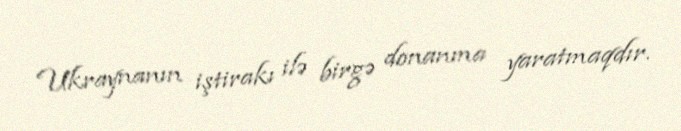
Ukraynanın iştirakı ilə birgə donanma yaratmaqdır.